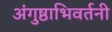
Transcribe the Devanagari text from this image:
अंगुष्ठाभिवर्तनी